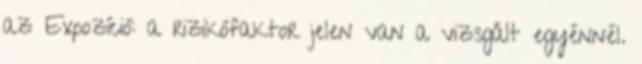
az Expozíció: a rizikófaktor jelen van a vizsgált egyénnél.